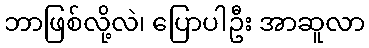
ဘာဖြစ်လို့လဲ၊ ပြောပါဦး အာဆူလာ